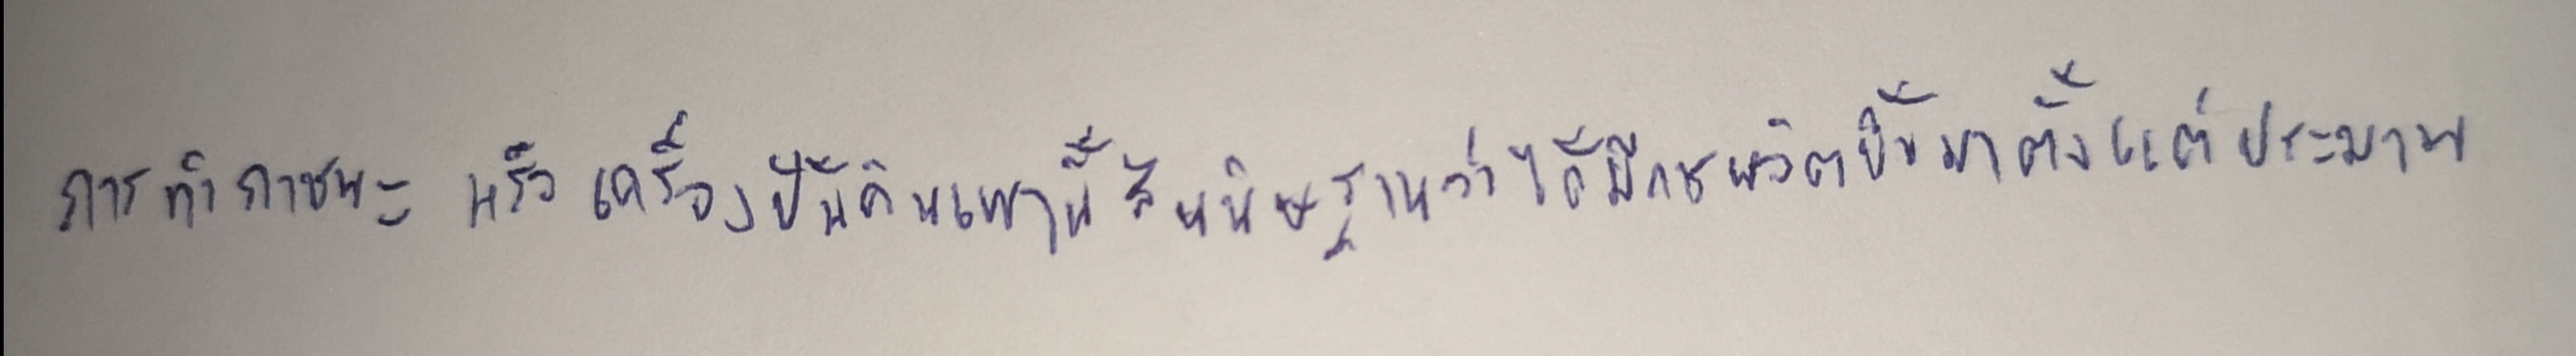
การทำภาชนะหรือเครื่องปั้นดินเผานี้สันนิษฐานว่าได้มีการผลิตขึ้นมาตั้งแต่ประมาณ